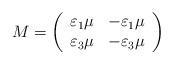
LaTeX: \begin{align*}M=\left( \begin{array}{cc}\varepsilon_1\mu&-\varepsilon_1\mu\\\varepsilon_3\mu&-\varepsilon_{3}\mu\end{array}\right) \end{align*}